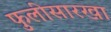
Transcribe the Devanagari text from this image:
फुलीसारखा